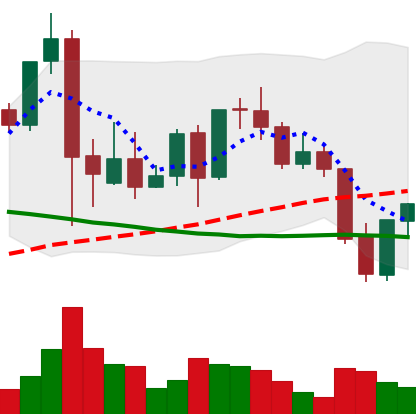
Ticker: LINK-USD
Chart end date: 2021-09-23
Forward return: -13.169%
Label: down_7plus